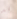
قد